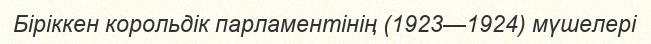
Біріккен корольдік парламентінің (1923—1924) мүшелері